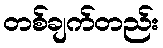
တစ်ချက်တည်း